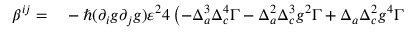
\begin{array} { r l } { \beta ^ { i j } = } & { { } - \hbar ( \partial _ { i } g \partial _ { j } g ) \varepsilon ^ { 2 } 4 \left( - \Delta _ { a } ^ { 3 } \Delta _ { c } ^ { 4 } \Gamma - \Delta _ { a } ^ { 2 } \Delta _ { c } ^ { 3 } g ^ { 2 } \Gamma + \Delta _ { a } \Delta _ { c } ^ { 2 } g ^ { 4 } \Gamma \right. } \end{array}